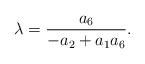
LaTeX: \begin{align*}\lambda=\frac{a_6}{-a_2 + a_1 a_6}.\end{align*}